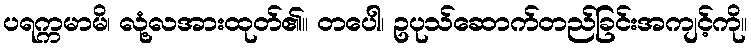
ပရက္ကမာမိ၊ လုံ့လအားထုတ်၏။ တပေါ၊ ဥပုသ်ဆောက်တည်ခြင်းအကျင့်ကို။